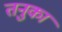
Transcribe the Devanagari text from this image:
तनुका